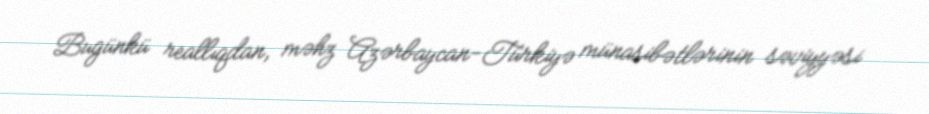
Bugünkü reallıqdan, məhz Azərbaycan-Türkiyə münasibətlərinin səviyyəsi